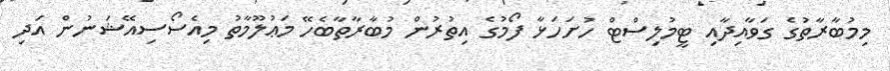
މިމުބާރާތުގެ ގަވާއިދާއި ޓީމުލިސްޓް ހުށަހަޅާ ފޯމުގެ އިތުރުން މުބާރާތާބެހޭ މަޢުލޫމާތު މިއެސޯސިއޭޝަނުން އަދި